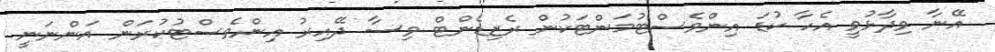
އޭނާ ވިދާޅުވީ އެހާ ކުޑަ އިންވެސްޓުމަންޓަކުން ރެޒިޑެންޓް ވިސާ ދޭއިރު އިންވެސްޓުކުރަން އަންނަނީ